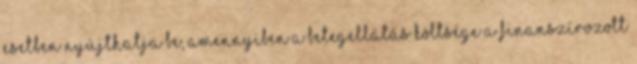
esetben nyújthatja be, amennyiben a betegellátás költsége a finanszírozott